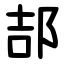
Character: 郆